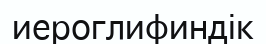
иероглифиндік